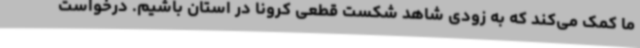
ما کمک می‌کند که به زودی شاهد شکست قطعی کرونا در استان باشیم. درخواست